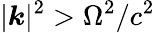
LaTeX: |{\boldsymbol{k}}|^{2}>\Omega^{2}/c^{2}